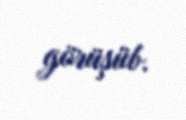
görüşüb.